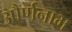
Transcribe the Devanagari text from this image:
और्णनाभ